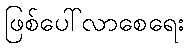
ဖြစ်ပေါ်လာစေရေး